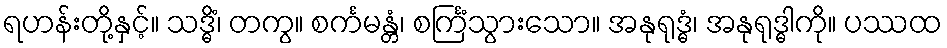
ရဟန်းတို့နှင့်။ သဒ္ဓိံ၊ တကွ။ စင်္ကမန္တံ၊ စင်္ကြံသွားသော။ အနုရုဒ္ဓံ၊ အနုရုဒ္ဓါကို။ ပဿထ